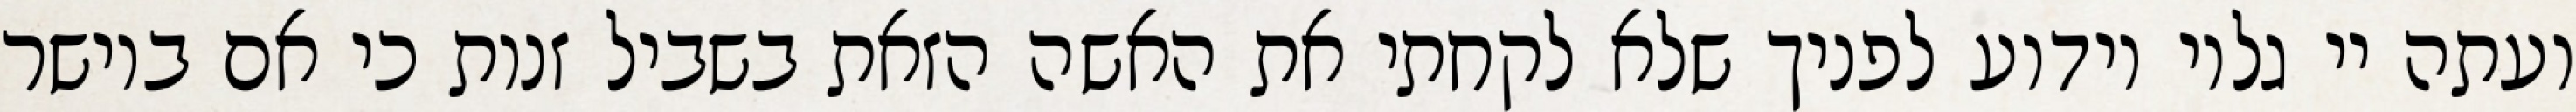
ועתה יי גלוי וידוע לפניך שלא לקחתי את האשה הזאת בשביל זנות כי אם ביושר